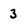
Character: 3